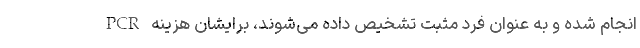
PCR انجام شده و به عنوان فرد مثبت تشخیص داده می‌شوند، برایشان هزینه